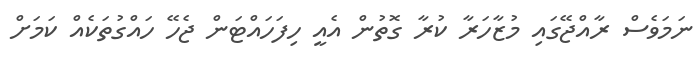
ނަމަވެސް ރާއްޖޭގައި މުޒާހަރާ ކުރާ ގޮތުން އެއީ ހިފަހައްޓަން ޖެހޭ ހައްގުތަކެއް ކަމަށް